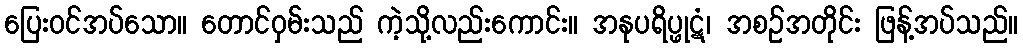
ပြေးဝင်အပ်သော။ တောင်ဝှမ်းသည် ကဲ့သို့လည်းကောင်း။ အနုပရိပ္ဖုဋံ၊ အစဉ်အတိုင်း ဖြန့်အပ်သည်။